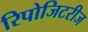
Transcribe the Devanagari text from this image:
रिपोजिटरीज